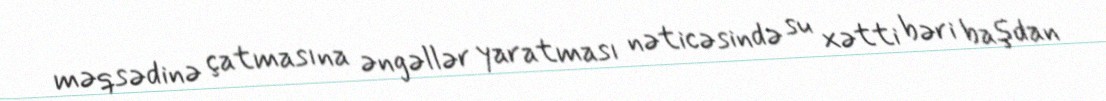
məqsədinə çatmasına əngəllər yaratması nəticəsində su xətti bəri başdan